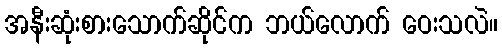
အနီးဆုံးစားသောက်ဆိုင်က ဘယ်လောက် ဝေးသလဲ။